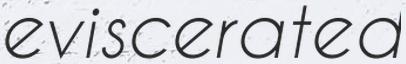
eviscerated